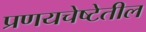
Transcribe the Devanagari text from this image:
प्रणयचेष्टेतील